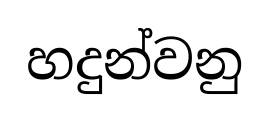
හදුන්වනු